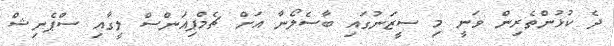
ދެ ކުޅުންތެރިން ވަނީ މި ސީޒަނުގައި ބާސެލޯނާ އަށް ޗެމްޕިއަންސް ލީގާއި ސްޕެނިޝް